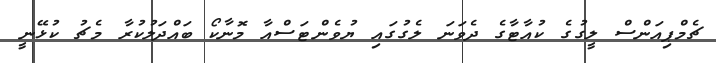
ޗެމްޕިއަންސް ލީގުގެ ކުއާޓާގެ ދެވަނަ ލެގުގައި ޔުވެންޓަސްއާ މޮނާކޯ ބައްދަލުކުރާާ މެޗު ކުޅޭނީ